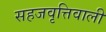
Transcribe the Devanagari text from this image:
सहजवृत्तिवाली